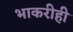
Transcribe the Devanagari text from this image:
भाकरीही